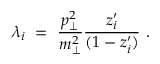
\lambda _ { i } \ = \ { \frac { p _ { \perp } ^ { 2 } } { m _ { \perp } ^ { 2 } } } { \frac { z _ { i } ^ { \prime } } { ( 1 - z _ { i } ^ { \prime } ) } } \ .